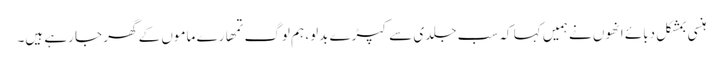
ہنسی بمشکل دبائے انھوں نے ہمیں کہا کہ سب جلدی سے کپڑے بدلو، ہم لوگ تمھارے ماموں کے گھر جا رہے ہیں۔